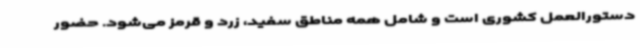
دستورالعمل کشوری است و شامل همه مناطق سفید، زرد و قرمز می‌شود. حضور